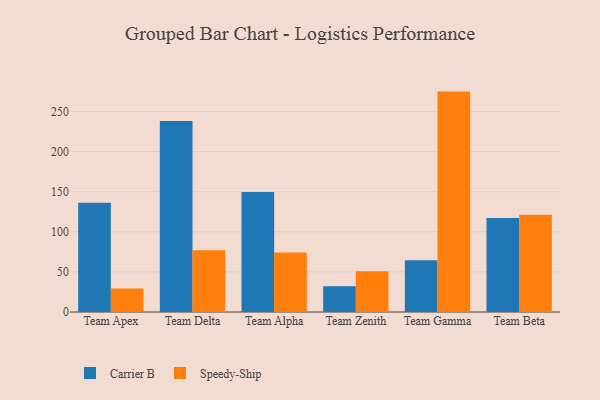
{"axis": {"x": "Team", "y": "Revenue (USD Million)"}, "legend": ["Carrier B", "Speedy-Ship"], "data": [{"x": "Team Apex", "y": 136.3, "type": "Carrier B"}, {"x": "Team Apex", "y": 29.2, "type": "Speedy-Ship"}, {"x": "Team Delta", "y": 238.0, "type": "Carrier B"}, {"x": "Team Delta", "y": 77.0, "type": "Speedy-Ship"}, {"x": "Team Alpha", "y": 149.6, "type": "Carrier B"}, {"x": "Team Alpha", "y": 74.2, "type": "Speedy-Ship"}, {"x": "Team Zenith", "y": 32.2, "type": "Carrier B"}, {"x": "Team Zenith", "y": 50.9, "type": "Speedy-Ship"}, {"x": "Team Gamma", "y": 64.5, "type": "Carrier B"}, {"x": "Team Gamma", "y": 274.8, "type": "Speedy-Ship"}, {"x": "Team Beta", "y": 117.1, "type": "Carrier B"}, {"x": "Team Beta", "y": 121.2, "type": "Speedy-Ship"}]}